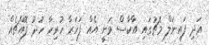
އަދި ފައިނަލް މެޗުގައި އާކާސް ވަނީ އެއް ފަހަރާ ހުރިހާ ހުދު ފޮއްޗެއް